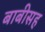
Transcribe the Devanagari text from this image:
बाबीसह